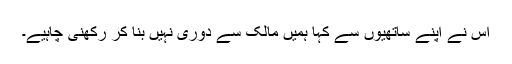
اس نے اپنے ساتھیوں سے کہا ہمیں مالک سے دوری نہیں بنا کر رکھنی چاہیے۔